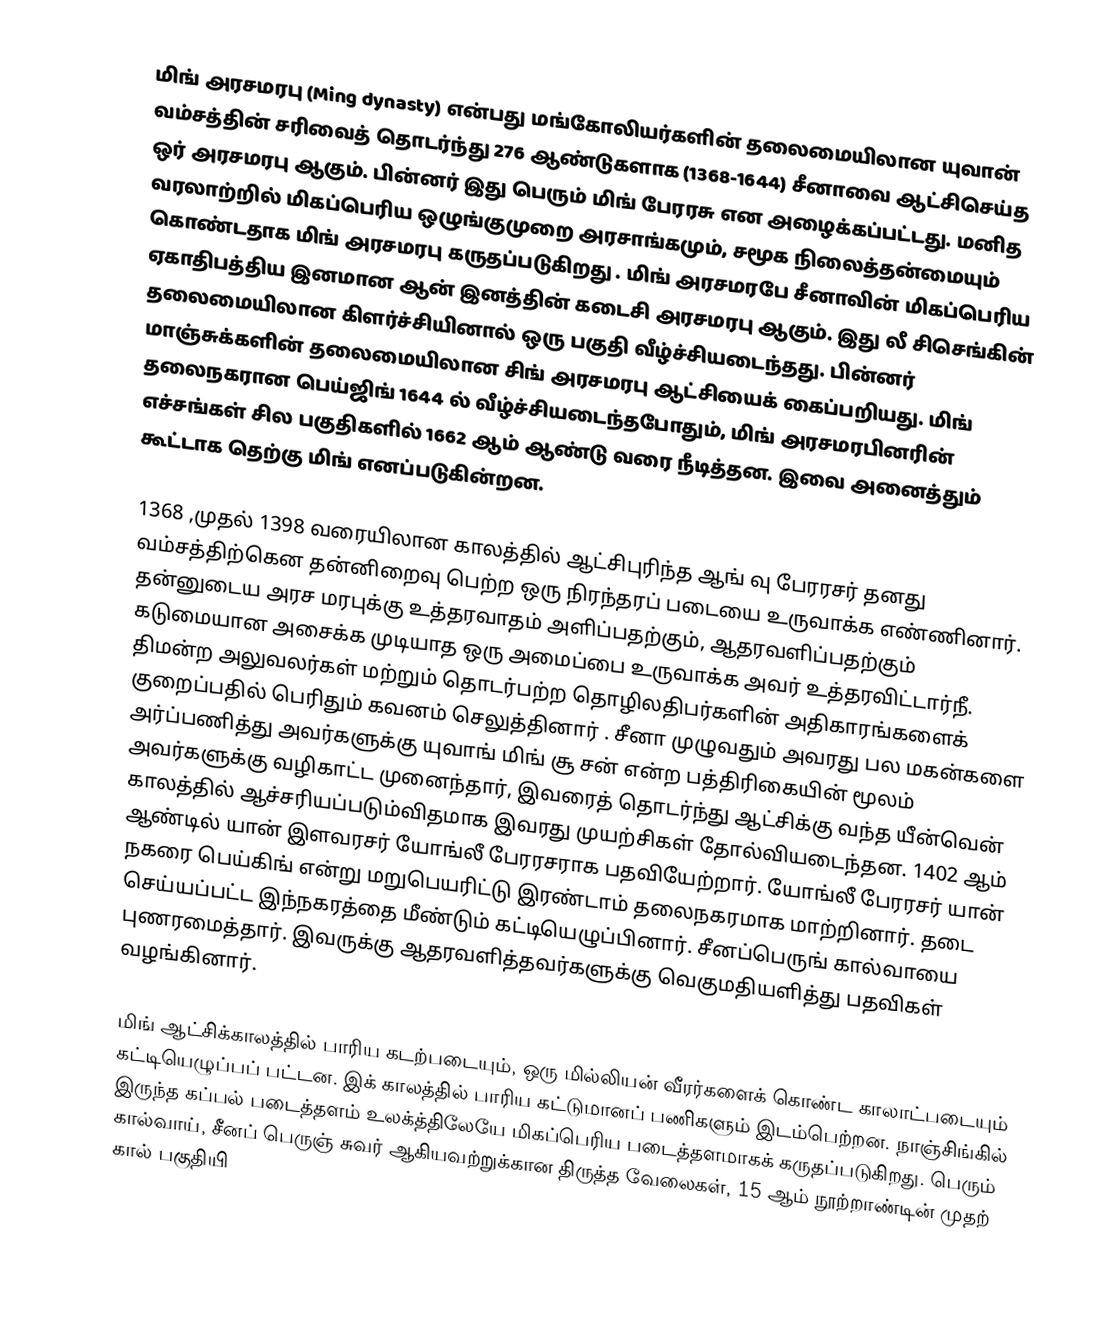
மிங் அரசமரபு (Ming dynasty) என்பது மங்கோலியர்களின் தலைமையிலான யுவான் வம்சத்தின் சரிவைத் தொடர்ந்து 276 ஆண்டுகளாக (1368-1644) சீனாவை ஆட்சிசெய்த ஒர் அரசமரபு ஆகும். பின்னர் இது பெரும் மிங் பேரரசு என அழைக்கப்பட்டது. மனித வரலாற்றில் மிகப்பெரிய ஒழுங்குமுறை  அரசாங்கமும், சமூக நிலைத்தன்மையும் கொண்டதாக மிங் அரசமரபு கருதப்படுகிறது . மிங் அரசமரபே சீனாவின் மிகப்பெரிய ஏகாதிபத்திய இனமான ஆன் இனத்தின் கடைசி அரசமரபு ஆகும். இது லீ சிசெங்கின் தலைமையிலான கிளர்ச்சியினால் ஒரு பகுதி வீழ்ச்சியடைந்தது. பின்னர் மாஞ்சுக்களின் தலைமையிலான சிங் அரசமரபு ஆட்சியைக் கைப்பறியது. மிங் தலைநகரான பெய்ஜிங் 1644 ல் வீழ்ச்சியடைந்தபோதும், மிங் அரசமரபினரின் எச்சங்கள் சில பகுதிகளில் 1662 ஆம் ஆண்டு வரை நீடித்தன. இவை அனைத்தும் கூட்டாக தெற்கு மிங் எனப்படுகின்றன.

1368 ,முதல் 1398 வரையிலான காலத்தில் ஆட்சிபுரிந்த ஆங் வு பேரரசர்  தனது வம்சத்திற்கென தன்னிறைவு பெற்ற ஒரு நிரந்தரப் படையை உருவாக்க எண்ணினார். தன்னுடைய அரச மரபுக்கு உத்தரவாதம் அளிப்பதற்கும், ஆதரவளிப்பதற்கும் கடுமையான அசைக்க முடியாத ஒரு அமைப்பை உருவாக்க அவர் உத்தரவிட்டார்நீ. திமன்ற அலுவலர்கள் மற்றும் தொடர்பற்ற தொழிலதிபர்களின் அதிகாரங்களைக் குறைப்பதில் பெரிதும் கவனம் செலுத்தினார் . சீனா முழுவதும் அவரது பல மகன்களை அர்ப்பணித்து அவர்களுக்கு யுவாங் மிங் சூ சன் என்ற பத்திரிகையின் மூலம் அவர்களுக்கு வழிகாட்ட முனைந்தார், இவரைத் தொடர்ந்து ஆட்சிக்கு வந்த யீன்வென் காலத்தில் ஆச்சரியப்படும்விதமாக இவரது முயற்சிகள் தோல்வியடைந்தன. 1402 ஆம் ஆண்டில் யான் இளவரசர் யோங்லீ பேரரசராக பதவியேற்றார். யோங்லீ பேரரசர் யான் நகரை பெய்கிங் என்று மறுபெயரிட்டு இரண்டாம் தலைநகரமாக மாற்றினார். தடை செய்யப்பட்ட இந்நகரத்தை மீண்டும்  கட்டியெழுப்பினார். சீனப்பெருங் கால்வாயை புணரமைத்தார். இவருக்கு ஆதரவளித்தவர்களுக்கு வெகுமதியளித்து பதவிகள் வழங்கினார்.

மிங் ஆட்சிக்காலத்தில் பாரிய கடற்படையும், ஒரு மில்லியன் வீரர்களைக் கொண்ட காலாட்படையும் கட்டியெழுப்பப் பட்டன. இக் காலத்தில் பாரிய கட்டுமானப் பணிகளும் இடம்பெற்றன.  நாஞ்சிங்கில் இருந்த கப்பல் படைத்தளம் உலக்த்திலேயே மிகப்பெரிய படைத்தளமாகக் கருதப்படுகிறது. பெரும் கால்வாய், சீனப் பெருஞ் சுவர் ஆகியவற்றுக்கான திருத்த வேலைகள், 15 ஆம் நூற்றாண்டின் முதற் கால் பகுதியி